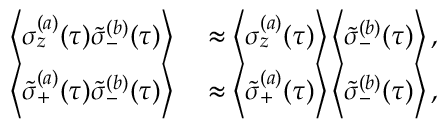
\begin{array} { r l } { \left\langle \sigma _ { z } ^ { ( a ) } ( \tau ) \tilde { \sigma } _ { - } ^ { ( b ) } ( \tau ) \right\rangle } & { { } \approx \left\langle \sigma _ { z } ^ { ( a ) } ( \tau ) \right\rangle \left\langle \tilde { \sigma } _ { - } ^ { ( b ) } ( \tau ) \right\rangle , } \\ { \left\langle \tilde { \sigma } _ { + } ^ { ( a ) } ( \tau ) \tilde { \sigma } _ { - } ^ { ( b ) } ( \tau ) \right\rangle } & { { } \approx \left\langle \tilde { \sigma } _ { + } ^ { ( a ) } ( \tau ) \right\rangle \left\langle \tilde { \sigma } _ { - } ^ { ( b ) } ( \tau ) \right\rangle , } \end{array}